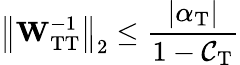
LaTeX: \left\Vert\mathbf{W}_{\mathrm{TT}}^{-1}\right\Vert_{2}\leq\frac{|\alpha_{\mathrm{T}}|}{1-\mathcal{C_{\mathrm{T}}}}